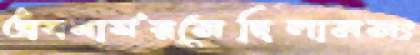
অবধার্যরসেছিলামসং